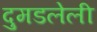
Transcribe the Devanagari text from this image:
दुमडलेली